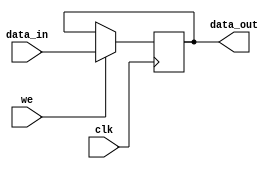
module can_register(
	input wire [WIDTH-1:0] data_in,
	output reg [WIDTH-1:0] data_out,
	input wire we,
	input wire clk);

	parameter WIDTH = 8;

	always @(posedge clk) begin
		if(we) begin
			data_out <=#1 data_in;
		end
	end

endmodule